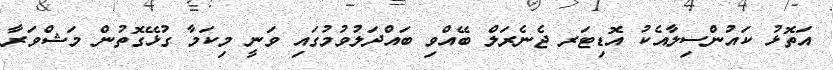
އަތޮޅު ކައުންސިލާއެކު އޮޑިޓަރ ޖެނެރަލް ބޭއްވި ބައްދަލުވުމުގައި ވަނީ މިކަމާ ގުޅޭގޮތުން މަޝްވަރާ